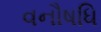
વનૌષધિ